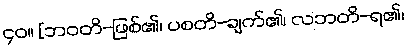
၄၀။ [ဘဝတိ-ဖြစ်၏၊ ပစတိ-ချက်၏၊ လဘတိ-ရ၏၊